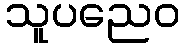
သူပညေဝ